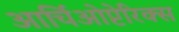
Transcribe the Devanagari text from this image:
आर्चिओप्टेरिक्स